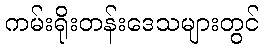
ကမ်းရိုးတန်းဒေသများတွင်